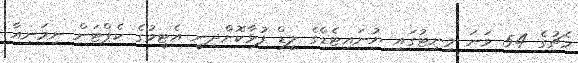
މެޗުގެ 54 ވަނަ މިނިޓުގައި ޔުނައިޓެޑްގެ ލީޑް ފުޅާކޮށްދިނީ އެޓީމުގެ ކެޕްޓަން ނިމަނިއާ